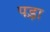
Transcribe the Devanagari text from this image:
पड़़ा